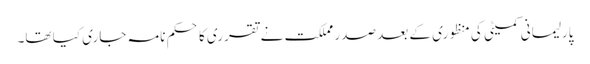
پارلیمانی کمیٹی کی منظوری کے بعد صدر مملکت نے تقرری کا حکم نامہ جاری کیا تھا۔